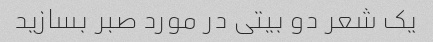
یک شعر دو بیتی در مورد صبر بسازید